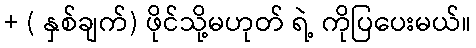
+ ( နှစ်ချက်) ဖိုင်သို့မဟုတ် ရဲ့ ကိုပြပေးမယ်။